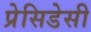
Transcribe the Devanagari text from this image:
प्रेसिडेसी